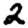
Digit: 2